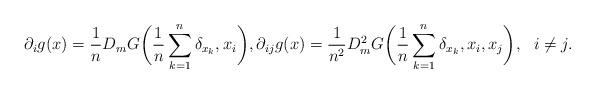
LaTeX: \begin{align*}\partial_i g(x) = \frac{1}{n}D_mG\bigg(\frac{1}{n}\sum_{k=1}^n\delta_{x_k},x_i\bigg), \partial_{ij} g(x) = \frac{1}{n^2}D_m^2G\bigg(\frac{1}{n}\sum_{k=1}^n\delta_{x_k},x_i,x_j\bigg), \ \ i \neq j.\end{align*}